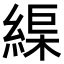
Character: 𦂘